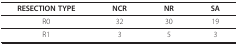
<table><thead><tr><td><b>RESECTION TYPE</b></td><td><b>NCR</b></td><td><b>NR</b></td><td><b>SA</b></td></tr></thead><tbody><tr><td>R0</td><td>32</td><td>30</td><td>19</td></tr><tr><td>R1</td><td>3</td><td>5</td><td>3</td></tr></tbody></table>